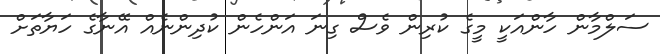
ސަލްމާން ހާންއަކީ މީގެ ކުރިން ވެސް ގިނަ އަންހެން ކުދިންނެއް އޭނާގެ ހަޔާތަށް